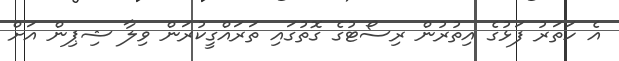
އެ ހަތަރު ފަޅުގެ އިތުރުން ރިސޯޓުގެ ގޮތުގައި ތަރައްގީކުރަން ވިލާ ޝިޕިން އަށް